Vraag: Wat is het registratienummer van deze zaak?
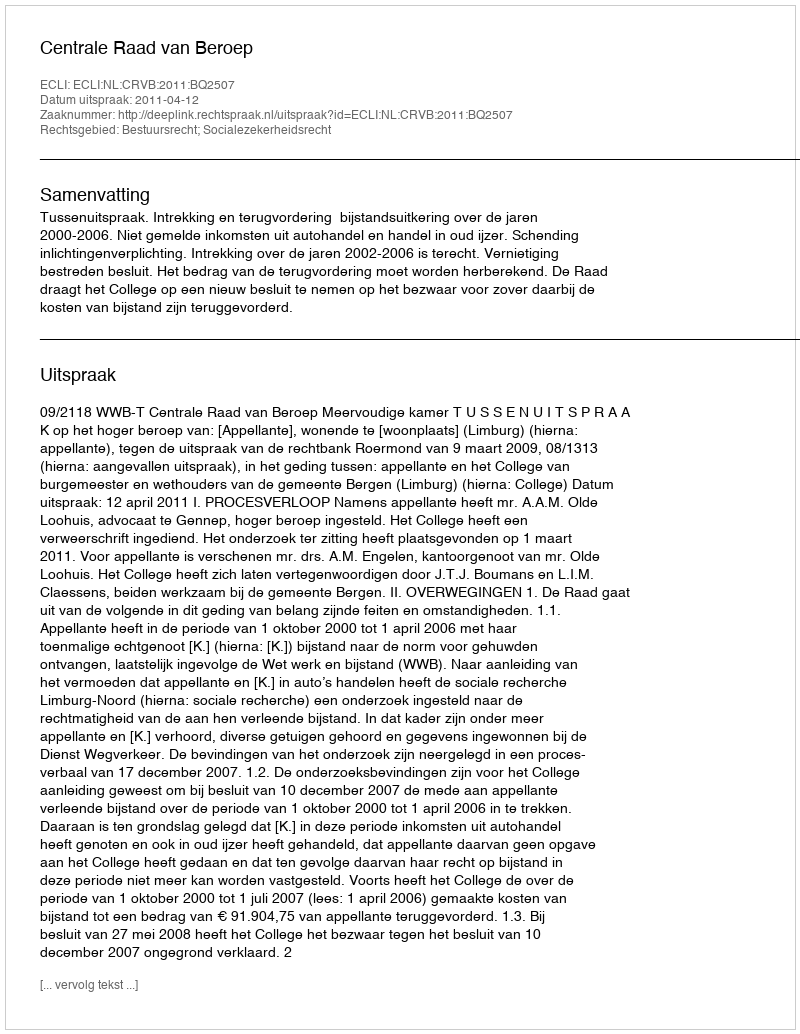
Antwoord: http://deeplink.rechtspraak.nl/uitspraak?id=ECLI:NL:CRVB:2011:BQ2507